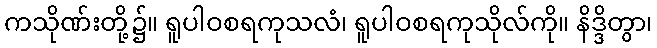
ကသိုဏ်းတို့၌။ ရူပါဝစရကုသလံ၊ ရူပါဝစရကုသိုလ်ကို။ နိဒ္ဒိတွာ၊